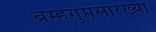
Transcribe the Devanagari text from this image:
ब्रम्हगुप्तसारख्या